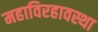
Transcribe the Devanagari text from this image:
महाविरहावस्था